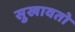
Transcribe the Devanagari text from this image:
सुखावतो